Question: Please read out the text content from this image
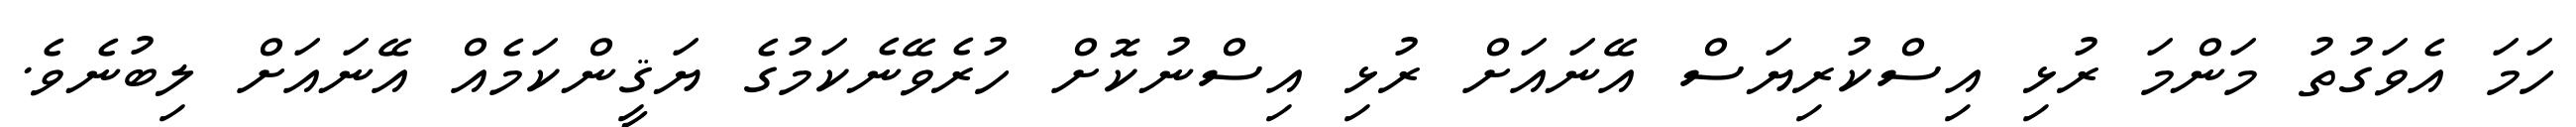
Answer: ހަމަ އެވަގުތު މަންމަ ރުޅި އިސްކުރިޔަސް އޭނައަށް ރުޅި އިސްނުކޮށް ހުރެވޭނެކަމުގެ ޔަޤީންކަމެއް އޭނައަށް ލިބުނެވެ.